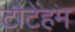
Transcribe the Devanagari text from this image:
टौटेंहम